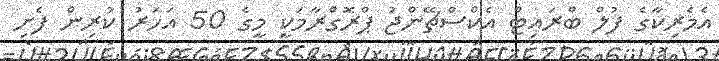
އެމެރިކާގެ ފުލް ބްރައިޓް އެކްސްޗޭންޖު ޕްރޮގްރާމަކީ މީގެ 50 އަހަރު ކުރިން ފެށި